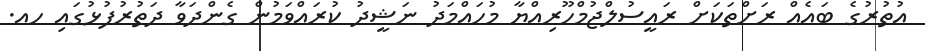
އުތުރުގެ ބައެއް ރަށްތަކަށް ރައީސުލްޖުމްހޫރިއްޔާ މުހައްމަދު ނަޝީދު ކުރައްވަމުން ގެންދަވާ ދަތުރުފުޅުގައި ހއ.